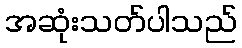
အဆုံးသတ်ပါသည်